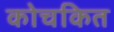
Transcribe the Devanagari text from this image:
कोचकित